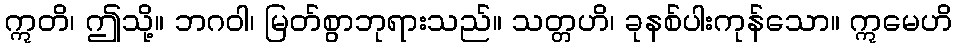
ဣတိ၊ ဤသို့။ ဘဂဝါ၊ မြတ်စွာဘုရားသည်။ သတ္တဟိ၊ ခုနစ်ပါးကုန်သော။ ဣမေဟိ